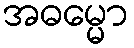
အဓမ္မော